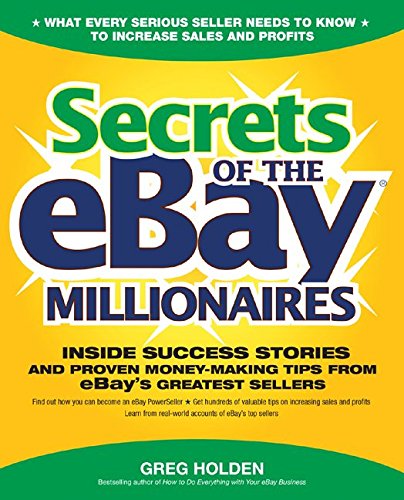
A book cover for Secrets of the eBay Millionaires: Inside Success Stories -- and Proven Money-Making Tips -- from eBay's Greatest Sellers; Greg Holden; Computers & Technology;